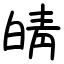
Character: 皘